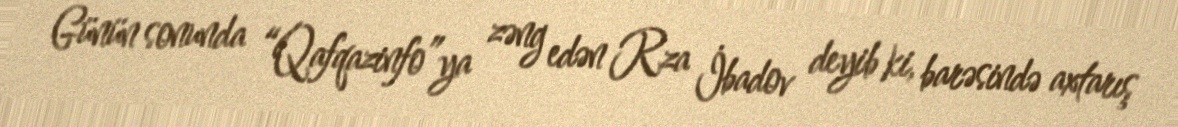
Günün sonunda “Qafqazinfo”ya zəng edən Rza İbadov deyib ki, barəsində axtarış